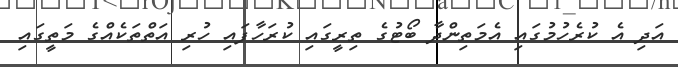
އަދި އެ ކުރެހުމުގައި އެމަތިންދާ ބޯޓުގެ ތިރީގައި ކުރަހާފައި ހުރި އަތްތަކެއްގެ މަތީގައި